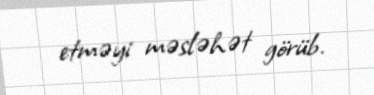
etməyi məsləhət görüb.